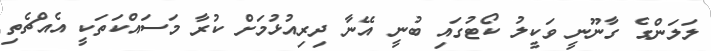
ލަލަންގެ ގާނޫނީ ވަކީލު ކޯޓުގައި ބުނީ އޭނާ ދިރިއުޅުމަށް ކުރާ މަސައްކަތަކީ އެއްޗެތި